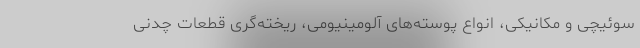
سوئیچی و مکانیکی، انواع پوسته‌های آلومینیومی، ریخته‌گری قطعات چدنی